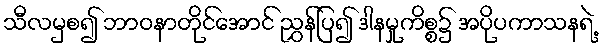
သီလမှစ၍ ဘာဝနာတိုင်အောင် ညွှန်ပြ၍ ဒါနမှုကိစ္စ၌ အပိုပကာသနရဲ့